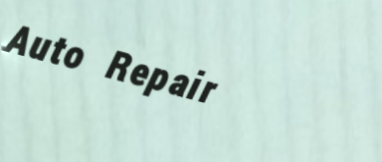
Auto Repair